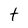
Character: t